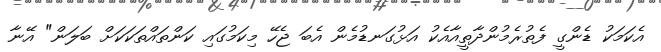
އެކަމަކު ޑެންގީ ފެތުރެމުންދާތީއާއެކު އަޅުގަނޑުމެން އެބަ ޖެހޭ މިކަމުގައި ކަންތައްތަކަކަށް ބަލަން" އޭނާ